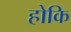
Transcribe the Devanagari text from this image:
होकि